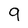
Character: 9